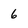
Character: 6